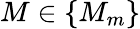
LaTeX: M\in\{ M_{m}\}